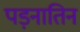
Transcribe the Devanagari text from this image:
पड़नातिन